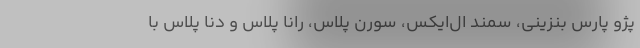
پژو پارس بنزینی، سمند ال‌ایکس، سورن پلاس، رانا پلاس و دنا پلاس با